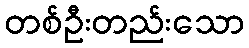
တစ်ဦးတည်းသော